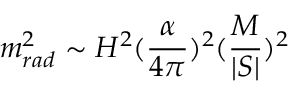
m _ { r a d } ^ { 2 } \sim H ^ { 2 } ( { \frac { \alpha } { 4 \pi } } ) ^ { 2 } ( { \frac { M } { | S | } } ) ^ { 2 }